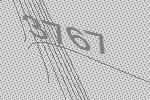
3767